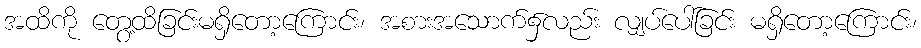
အထိကို တွေ့ထိခြင်းမရှိတော့ကြောင်း၊ အစားအသောက်၌လည်း လျှပ်ပေါ်ခြင်း မရှိတော့ကြောင်း၊